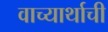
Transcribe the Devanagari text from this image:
वाच्यार्थाची